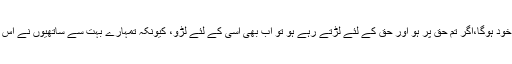
حضرت اسماء نے، جو حضرت صدیق اکبر کی بیٹی تھیں، جواب دیا بیٹا تم کو اپنی حالت کا اندازہ خود ہوگا،اگر تم حق پر ہو اور حق کے لئے لڑتے رہے ہو تو اب بھی اسی کے لئے لڑو، کیونکہ تمہارے بہت سے ساتھیوں نے اس کے لئے جان دی ہے اور اگر دنیا طلبی کے لئے لڑتے رہے ہو تو تم سے برا کون خدا کا بندہ ہوگا۔